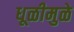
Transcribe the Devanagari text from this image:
धूळीमुळे